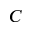
C